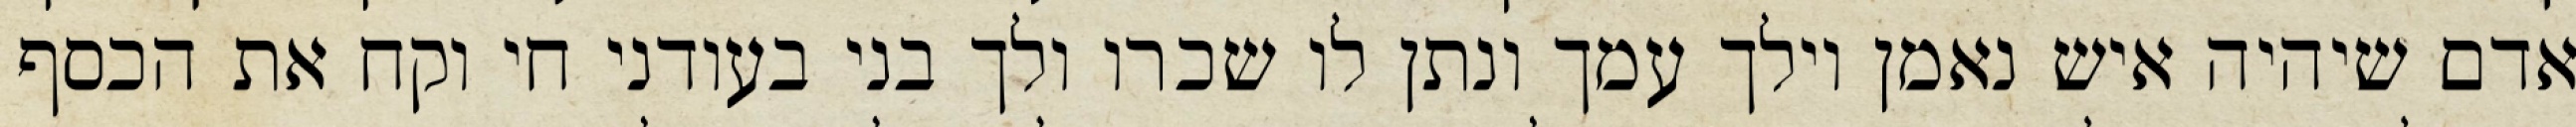
אדם שיהיה איש נאמן וילך עמך ונתן לו שכרו ולך בני בעודני חי וקח את הכסף